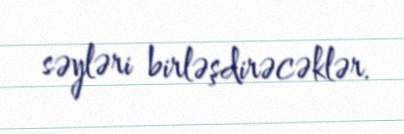
səyləri birləşdirəcəklər.